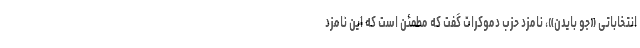
انتخاباتی «جو بایدن»، نامزد حزب دموکرات گفت که مطمئن است که این نامزد